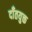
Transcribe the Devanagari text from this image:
दाँतयुक्त